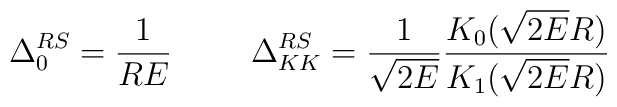
\Delta_0^{RS} = \frac{1}{R E}\hspace{1.0cm}\Delta_{KK}^{RS} = \frac{1}{\sqrt{2 E}}\frac{K_0(\sqrt{2 E} R)}{K_1(\sqrt{2 E} R)}